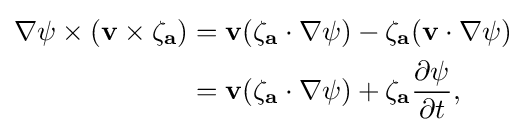
{\begin{aligned}\nabla \psi \times (\mathbf {v} \times \mathbf {\zeta _{a}} )&=\mathbf {v} (\mathbf {\zeta _{a}} \cdot \nabla \psi )-\mathbf {\zeta _{a}} (\mathbf {v} \cdot \nabla \psi )\\&=\mathbf {v} (\mathbf {\zeta _{a}} \cdot \nabla \psi )+\mathbf {\zeta _{a}} {\frac {\partial \psi }{\partial t}},\end{aligned}}